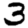
Digit: 3